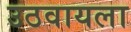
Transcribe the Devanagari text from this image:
उठवायला